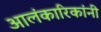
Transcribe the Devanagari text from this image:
आलंकारिकांनी